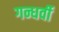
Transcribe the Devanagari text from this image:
गन्धर्वी